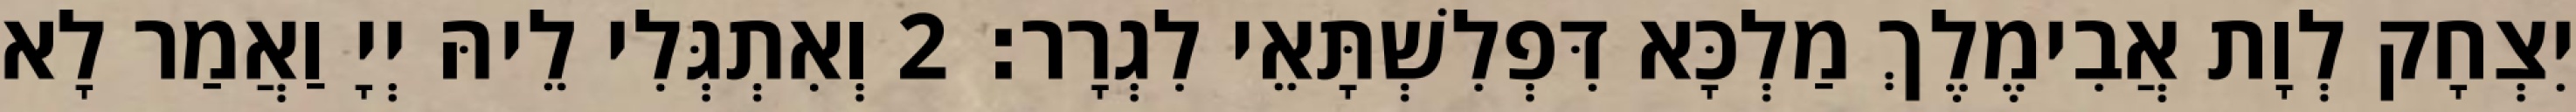
יִצְחָק לְוָת אֲבִימֶלֶךְ מַלְכָּא דִּפְלִשְׁתָּאֵי לִגְרָר׃ 2 וְאִתְגְּלִי לֵיהּ יְיָ וַאֲמַר לָא